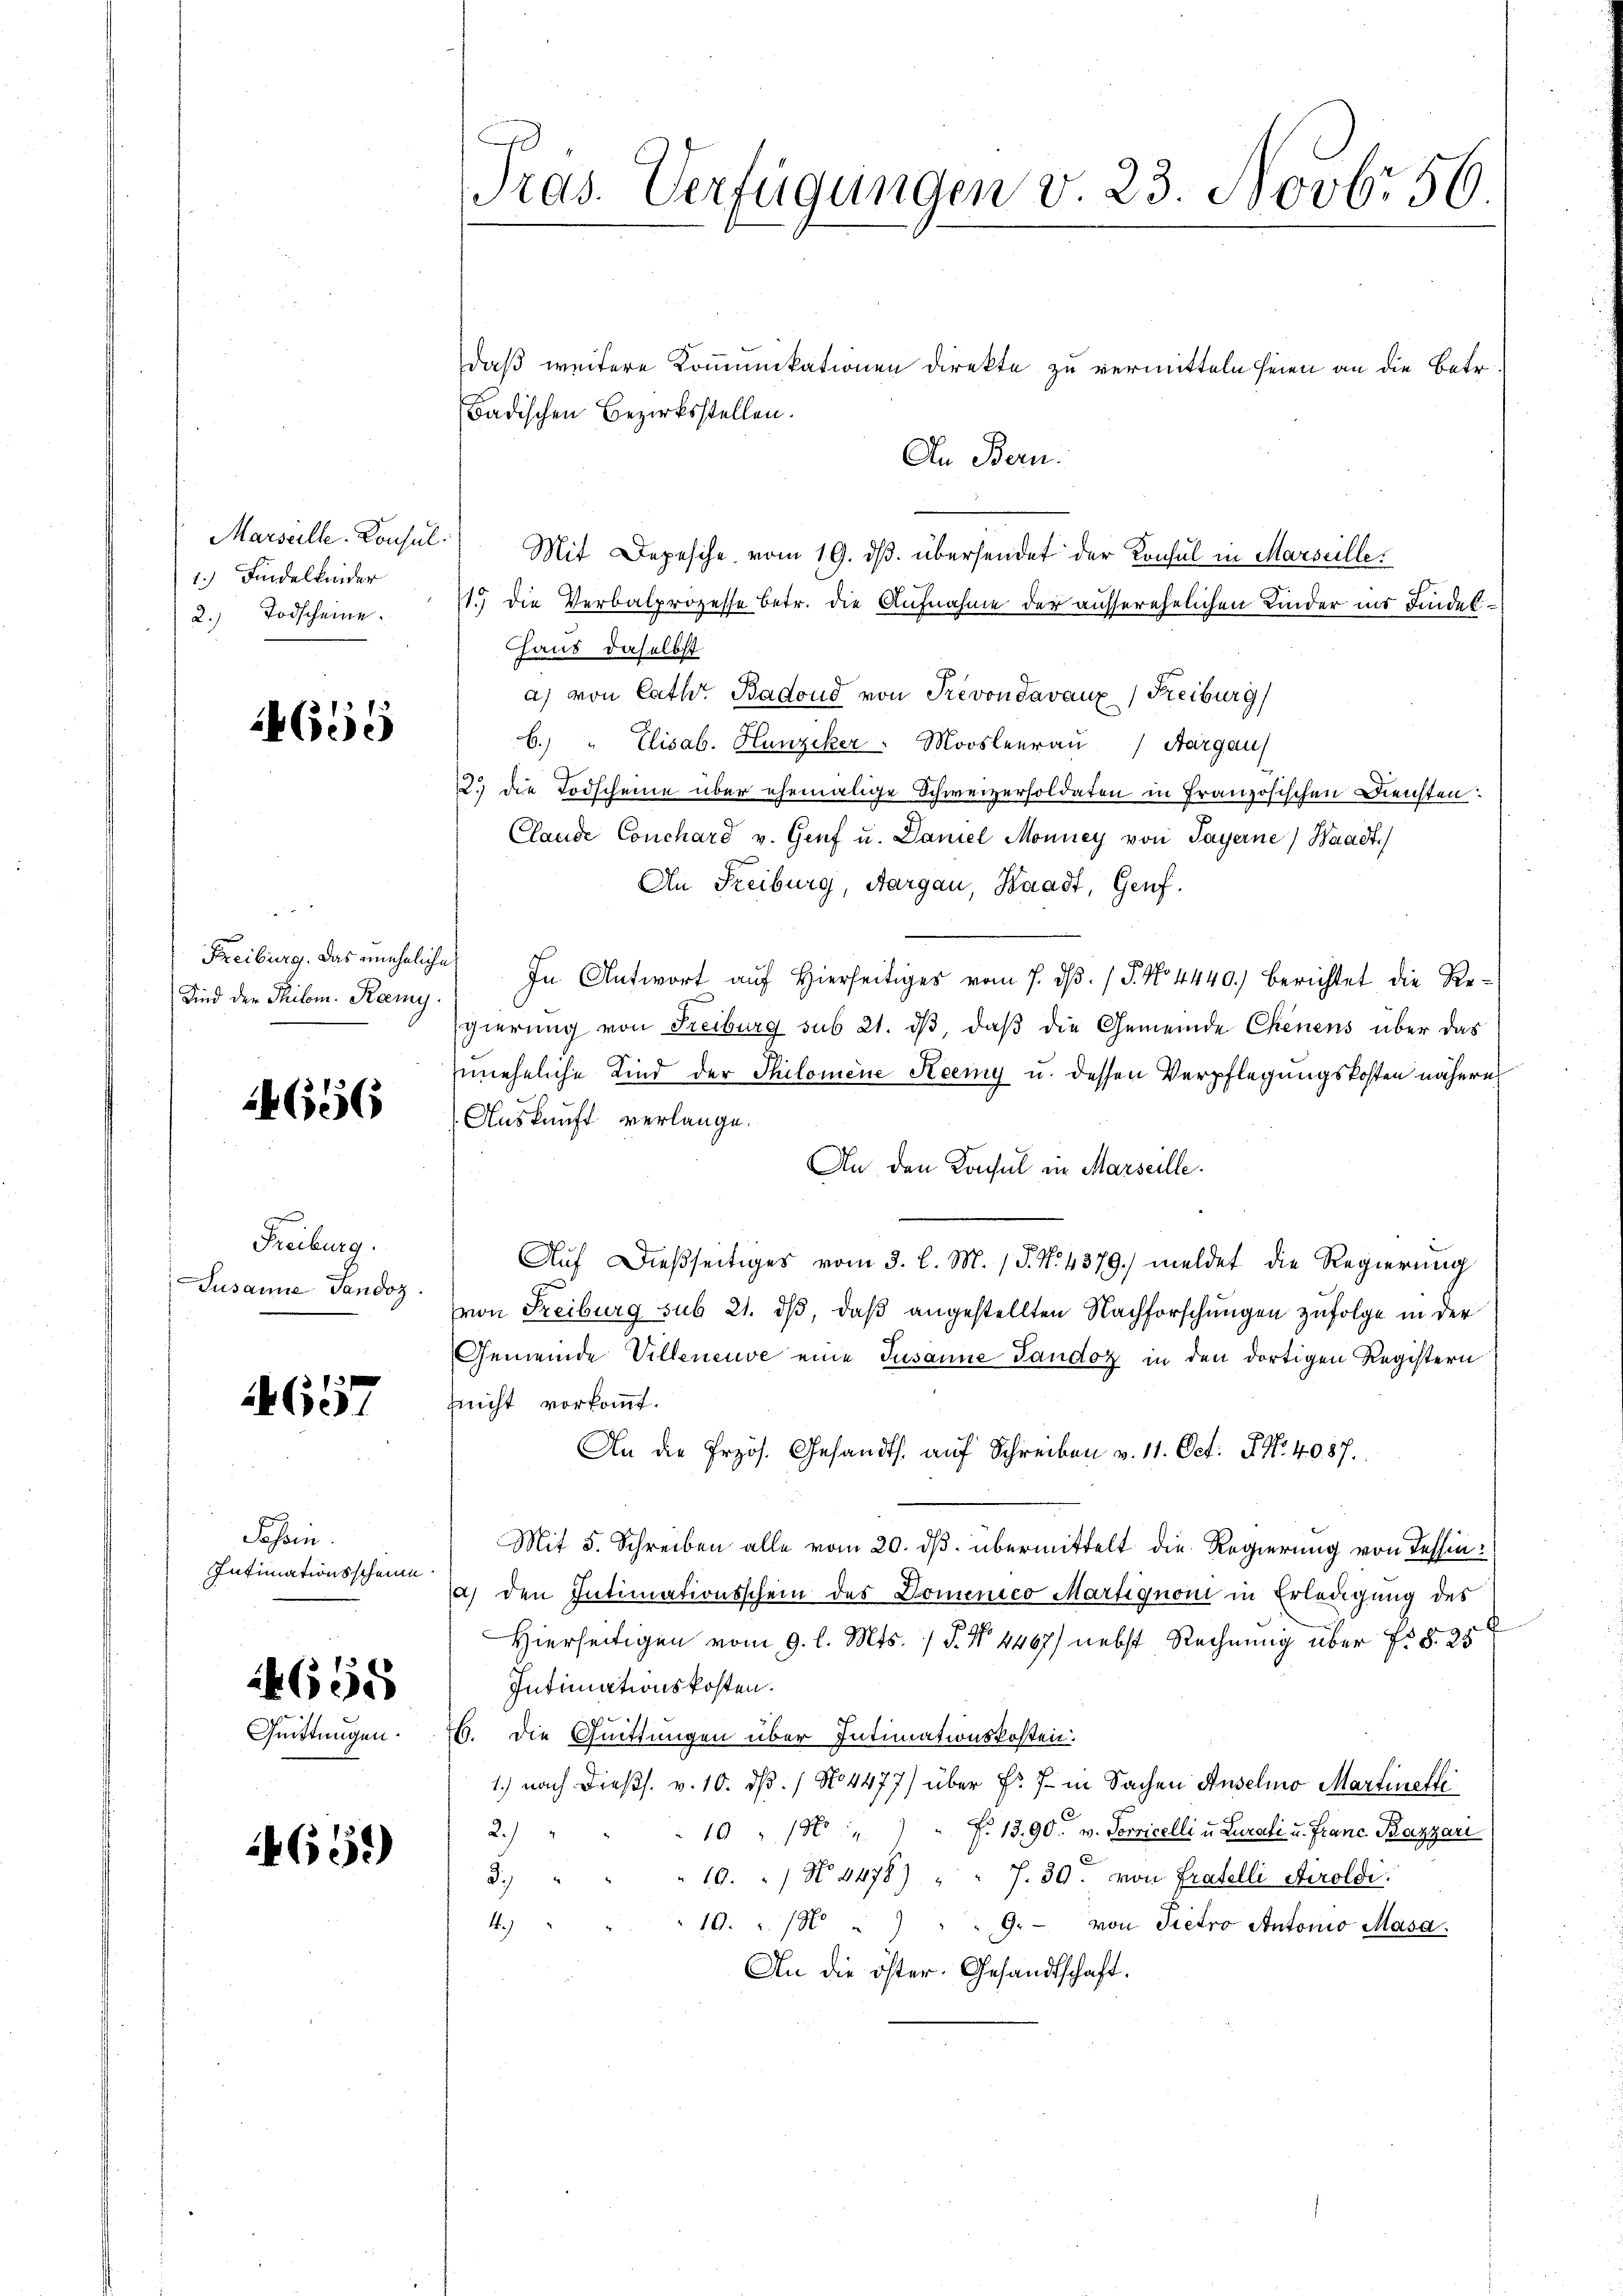
1.) Findelkinder
2. Todscheine.

4655

Kind der Philom. Remy

4656

Freiburg.
Jusanne Tandoz.

657

Sohren.
Intimationsscheine

14658
Quittungen.

4651)

Pras. Verfügungen v. 23. Novbr 56

daß weitere Kommunikationen direkte zu vermitteln seien an die Betr.
Badischen Bezirksstellen.
An Bern.
Marseille. Konsul.) Mit Depesche vom 19. dβ übersendet der Konsul in Marseille.
1.) die Verbalprozesse betr. die Aufnahme der ausserehelichen Kinder ins Findet
haus daselbst
a) von Cathe Badoud von Prevon davaux) Freiburg
b.) " Elisab. Hunziker. Moosleerau (Aargau
12. die Todscheine über ehemalige Schweizersoldaten in Französischen Diensten:
Clande Conchard v. Genf u. Daniel Monney von Payerne) Waadt
An Freiburg, Aargau, Kaadt, Genf.
Freiburg. Das uneheliche In Antwort auf Hierseitiges vom 7. dβ. / 5. No. 4440.) berichtet die Re¬
Egierung von Freiburg sub 21. dβ, daβ die Gemeinde Chenens über das
uneheliche Kind der Philomene Keemy u. dessen Verpflegungskosten nähere
Auskunft verlange.
An den Konsul in Marseille.
Auf dießseitiges vom 3. l. M. P. N. 4379. meldet die Regierung
(von Freiburg sub 21. dß, daß angestellten Nachforschungen zufolge in der
Gemeinde Villeneuve eine Susanne Tandoz in den dortigen Registern
(nicht vorkommt.
An die Przös. Gesandts. auf Schreiben v. 11. Oct. P. Nr. 4087.
Mit 5. Schreiben alle vom 20. ds. übermittelt die Regierung von Tessin:
a) den Intimationsschein des Domenico Martignon in Erledigung des
Hierseitigen vom 9. l. Mts. / P. Nr. 4467) nebst Rechnung über 7 § 25
Intimationskosten.
26. die Quittungen über Intimationskosten.
1.) nach dießs. v. 10. dß. / No 4477) über Fr. 7 in Sachen Anselmo Martinette
2.)
10 " 15 " " " fr. 1390. v. Servicelli u. Lurali u. Franc Bazzari
10. No 3478) " " 7. 30. von Fratelli Airoldi
3
4.)
19. " " " " 9. von Pietro Antonio Masa.
An die öster. Gesandtschaft.